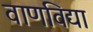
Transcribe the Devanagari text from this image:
वाणविद्या